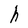
Character: h